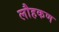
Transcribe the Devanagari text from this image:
लौहकण